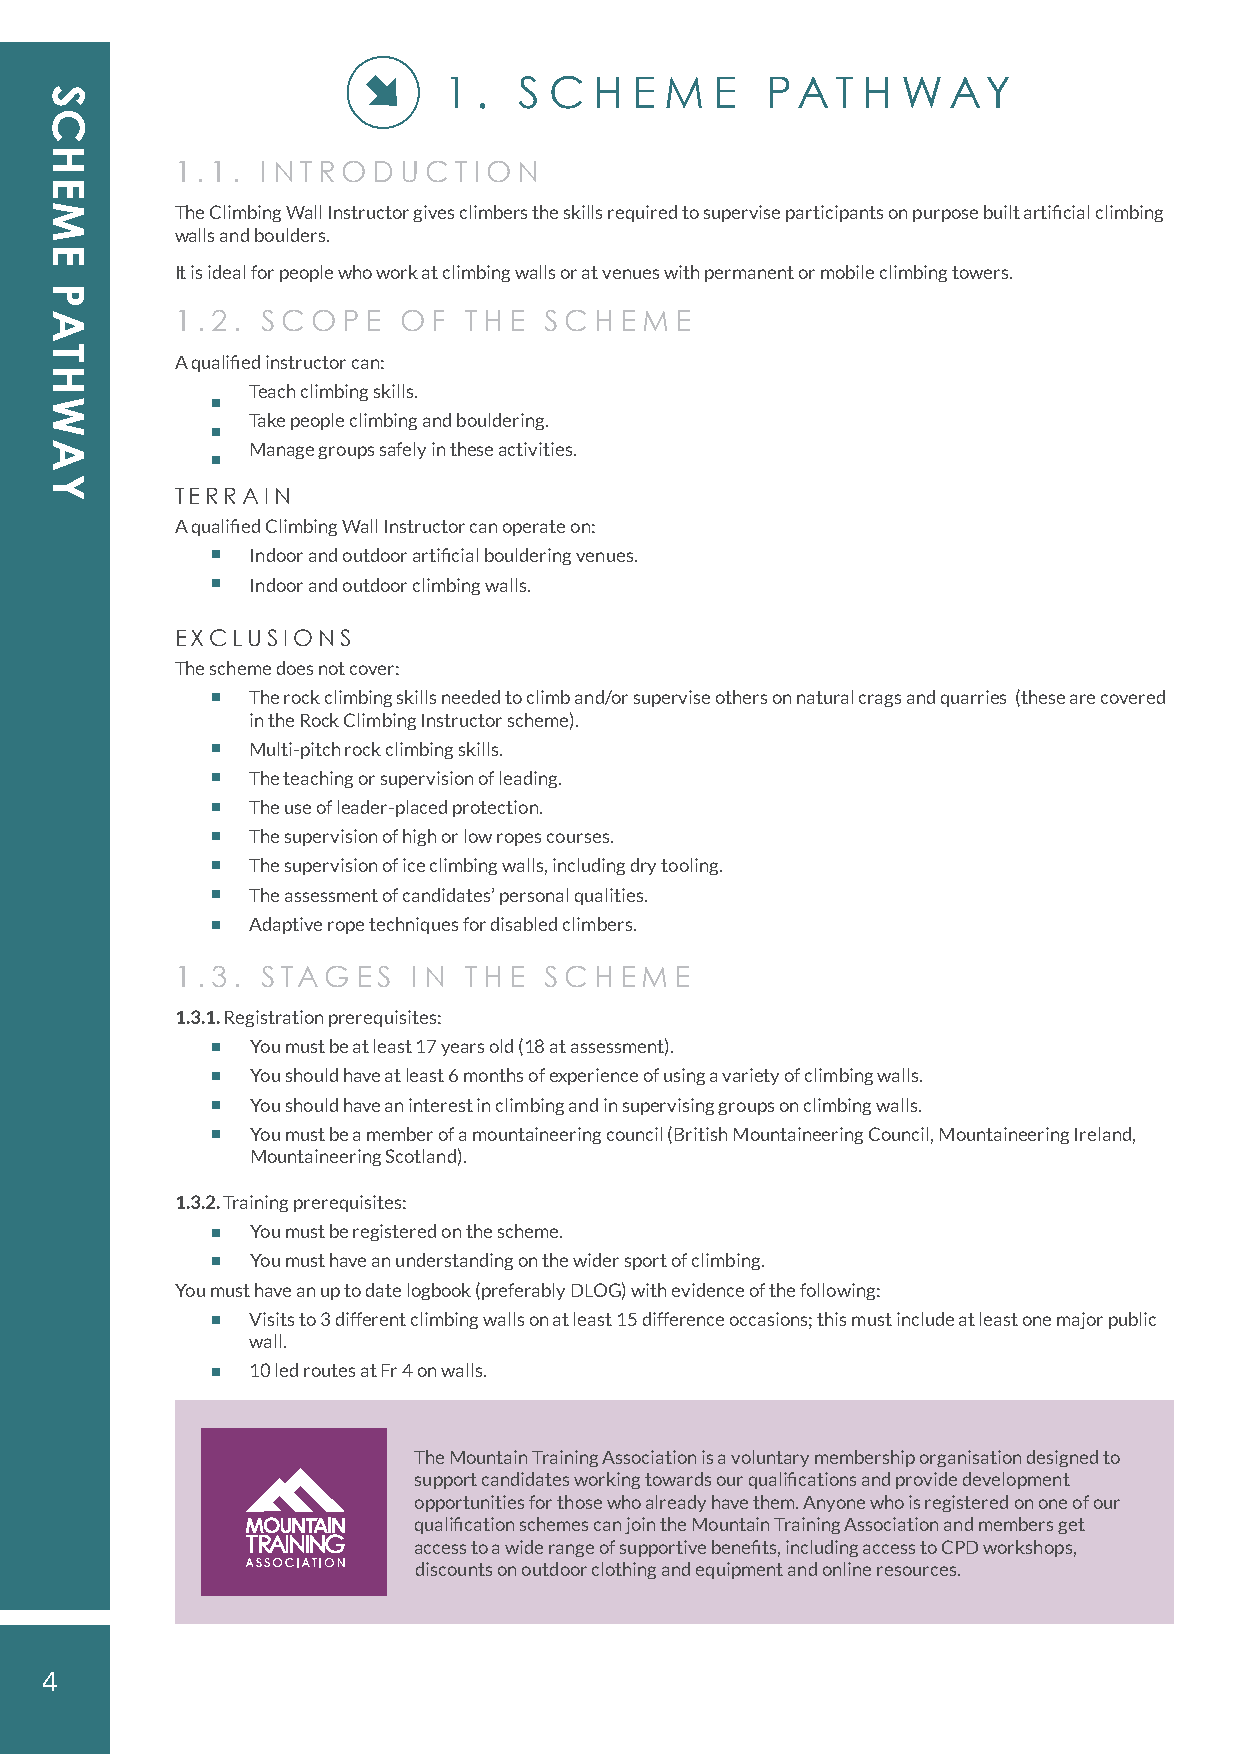
1  . S C  H  E M  E   PAT   H  WAY
 1.1. INTRODUCTION
 The Climbing Wall Instructor gives climbers the skills required to supervise participants on purpose built artificial climbing
 walls and boulders.
 It is ideal for people who work at climbing walls or at venues with permanent or mobile climbing towers.
 1.2. SCOPE    OF   THE  SCHEME
 A qualified instructor can:
 Teach climbing skills.
 Take people climbing and bouldering.
 Manage groups safely in these activities.
 TERRAIN
 A qualified Climbing Wall Instructor can operate on:
 Indoor and outdoor artificial bouldering venues.
 Indoor and outdoor climbing walls.
 EXCLUSIONS
 The scheme does not cover:
 The rock climbing skills needed to climb and/or supervise others on natural crags and quarries (these are covered
 in the Rock Climbing Instructor scheme).
 Multi-pitch rock climbing skills.
 The teaching or supervision of leading.
 The use of leader-placed protection.
 The supervision of high or low ropes courses.
 The supervision of ice climbing walls, including dry tooling.
 The assessment of candidates’ personal qualities.
 Adaptive rope techniques for disabled climbers.
 1.3. STAGES    IN  THE  SCHEME
 1.3.1. Registration prerequisites:
 You must be at least 17 years old (18 at assessment).
 You should have at least 6 months of experience of using a variety of climbing walls.
 You should have an interest in climbing and in supervising groups on climbing walls.
 You must be a member of a mountaineering council (British Mountaineering Council, Mountaineering Ireland,
 Mountaineering Scotland).
 1.3.2. Training prerequisites:
 You must be registered on the scheme.
 You must have an understanding on the wider sport of climbing.
 You must have an up to date logbook (preferably DLOG) with evidence of the following:
 Visits to 3 different climbing walls on at least 15 difference occasions; this must include at least one major public
 wall.
 10 led routes at Fr 4 on walls.
 The Mountain Training Association is a voluntary membership organisation designed to
 support candidates working towards our qualifications and provide development
 opportunities for those who already have them. Anyone who is registered on one of our
 qualification schemes can join the Mountain Training Association and members get
 access to a wide range of supportive benefits, including access to CPD workshops,
 discounts on outdoor clothing and equipment and online resources.
 4
 SCHEME
 PATHWAY